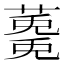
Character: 𮑩